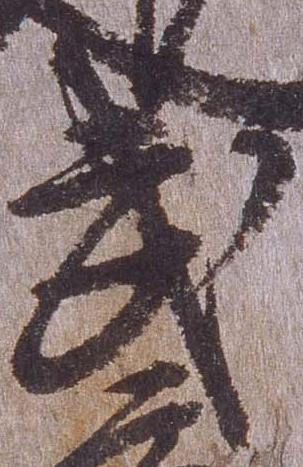
武